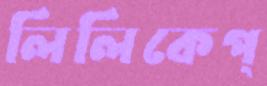
লিলিকেপ্